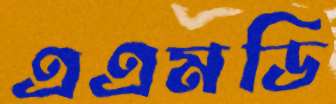
এএমডি